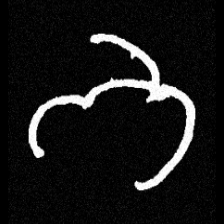
Pyu character \u2014 Myanmar letter: ဘ (romanized: bha)